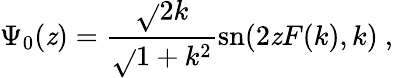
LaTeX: \Psi_{0}(\mathit{z})={\frac{{\sqrt{}{{2}}k}}{{\sqrt{}{{1+k^{2}}}}}}\mathrm{{sn}}(2\mathit{z}F(k),k)\ ,